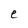
Character: e